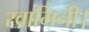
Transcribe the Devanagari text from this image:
स्वामिनी।